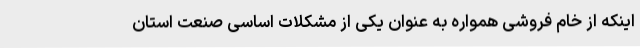
اینکه از خام فروشی همواره به عنوان یکی از مشکلات اساسی صنعت استان